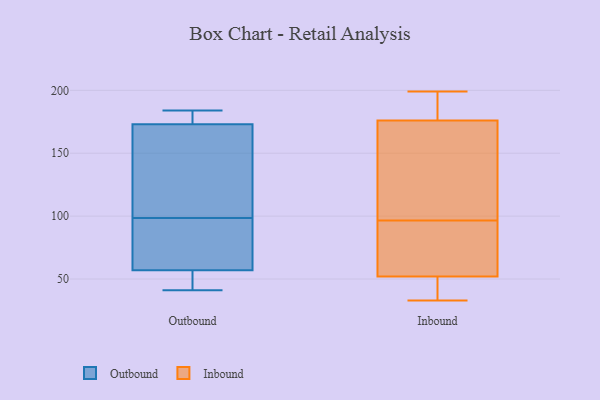
{"axis": {"x": "Backlog", "y": "Value"}, "legend": ["Inbound", "Outbound"], "data": [{"x": "", "y": 178, "type": "Outbound"}, {"x": "", "y": 41, "type": "Outbound"}, {"x": "", "y": 146, "type": "Outbound"}, {"x": "", "y": 173, "type": "Outbound"}, {"x": "", "y": 72, "type": "Outbound"}, {"x": "", "y": 57, "type": "Outbound"}, {"x": "", "y": 93, "type": "Outbound"}, {"x": "", "y": 104, "type": "Outbound"}, {"x": "", "y": 57, "type": "Outbound"}, {"x": "", "y": 184, "type": "Outbound"}, {"x": "", "y": 89, "type": "Inbound"}, {"x": "", "y": 104, "type": "Inbound"}, {"x": "", "y": 169, "type": "Inbound"}, {"x": "", "y": 33, "type": "Inbound"}, {"x": "", "y": 52, "type": "Inbound"}, {"x": "", "y": 34, "type": "Inbound"}, {"x": "", "y": 71, "type": "Inbound"}, {"x": "", "y": 199, "type": "Inbound"}, {"x": "", "y": 176, "type": "Inbound"}, {"x": "", "y": 180, "type": "Inbound"}]}